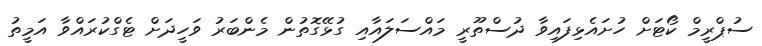
ސުޕްރީމް ކޯޓަށް ހުށައެޅިފައިވާ ދުސްތޫރީ މައްސަލައާއި ގުޅޭގޮތުން މެންބަރު ވަހީދަށް ޓެގްކުރައްވާ އަމީތު